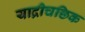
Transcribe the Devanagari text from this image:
याद्रीचछिक